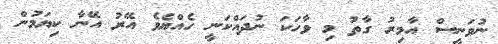
ނުވަނީސް އާމިރު ގާތު މި ވާހަކަ ނުދައްކަނީ ހެއްޔެވެ އޭރު އޭނާ ކިޔަމުން